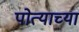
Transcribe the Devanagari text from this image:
पोत्याच्या